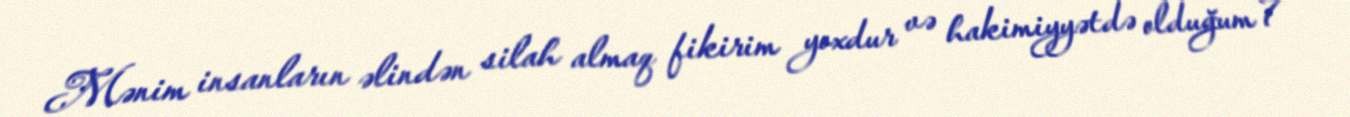
Mənim insanların əlindən silah almaq fikirim yoxdur və hakimiyyətdə olduğum 7